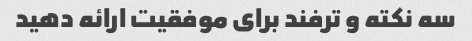
سه نکته و ترفند برای موفقیت ارائه دهید